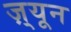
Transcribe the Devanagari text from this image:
ज़्यून